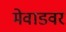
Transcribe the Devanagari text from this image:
मेवाडवर